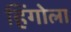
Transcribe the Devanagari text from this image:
हिंगोला